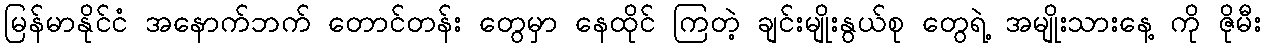
မြန်မာနိုင်ငံ အနောက်ဘက် တောင်တန်း တွေမှာ နေထိုင် ကြတဲ့ ချင်းမျိုးနွယ်စု တွေရဲ့ အမျိုးသားနေ့ ကို ဇိုမီး